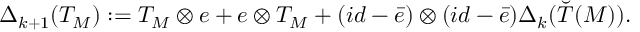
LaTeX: \Delta _ { k + 1 } ( T _ { M } ) : = T _ { M } \otimes e + e \otimes T _ { M } + ( i d - \bar { e } ) \otimes ( i d - \bar { e } ) \Delta _ { k } ( \breve { T } ( M ) ) .